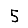
Digit: 5